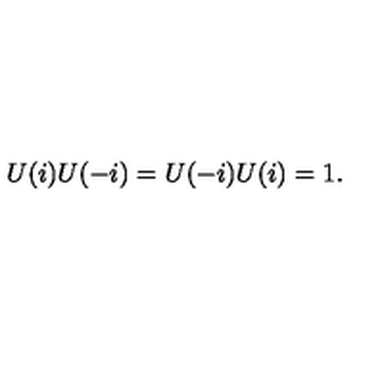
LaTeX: U ( i ) U ( - i ) = U ( - i ) U ( i ) = 1 .